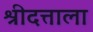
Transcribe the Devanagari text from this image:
श्रीदत्ताला